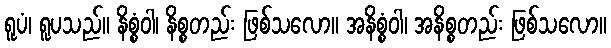
ရူပံ၊ ရူပသည်။ နိစ္စံဝါ၊ နိစ္စတည်း ဖြစ်သလော။ အနိစ္စံဝါ၊ အနိစ္စတည်း ဖြစ်သလော။